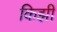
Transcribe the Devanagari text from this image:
किझी